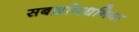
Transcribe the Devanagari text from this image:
सबज़ाोरधनिया